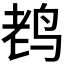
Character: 𱉦